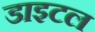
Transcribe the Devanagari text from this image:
डाइटल